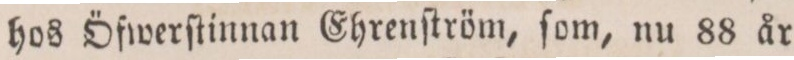
hos Öfwerſtinnan Ehrenſtröm, ſom, nu 88 år